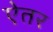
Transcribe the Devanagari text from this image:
ऐतर